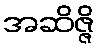
အဆိဇ္ဇိ